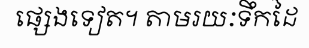
ផ្សេងទៀត។ តាមរយៈទឹកដៃ